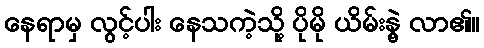
နေရာမှ လွင့်ပါး နေသကဲ့သို့ ပိုမို ယိမ်းနွဲ့ လာ၏။